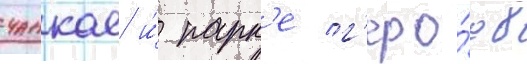
чанкае и́ парк'е г'еро́ев